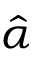
\hat { \alpha }